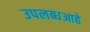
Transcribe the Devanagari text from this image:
उपलब्धआहे